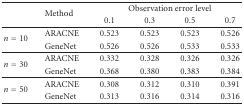
<table><thead><tr><td rowspan="2"></td><td rowspan="2"><b>Method </b></td><td colspan="4"><b>Observation error level </b></td></tr><tr><td><b>0.1</b></td><td><b>0.3</b></td><td><b>0.5</b></td><td><b>0.7</b></td></tr></thead><tbody><tr><td rowspan="2"><i>n</i> = 10</td><td>ARACNE</td><td>0.523</td><td>0.523</td><td>0.523</td><td>0.526</td></tr><tr><td>GeneNet </td><td>0.526 </td><td>0.526 </td><td>0.533 </td><td>0.533 </td></tr><tr><td rowspan="2"><i>n</i> = 30</td><td>ARACNE</td><td>0.332</td><td>0.328</td><td>0.326</td><td>0.326</td></tr><tr><td>GeneNet </td><td>0.368 </td><td>0.380 </td><td>0.383 </td><td>0.384 </td></tr><tr><td rowspan="2"><i>n</i> = 50</td><td>ARACNE</td><td>0.308</td><td>0.312</td><td>0.310</td><td>0.391</td></tr><tr><td>GeneNet </td><td>0.313 </td><td>0.316 </td><td>0.314 </td><td>0.316 </td></tr></tbody></table>